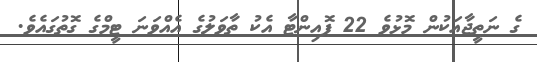
ގެ ނަތީޖާއަކުން މޮޅުވެ 22 ޕޮއިންޓާ އެކު ތާވަލުގެ އެއްވަނަ ޓީމްގެ ގޮތުގައެވެ.